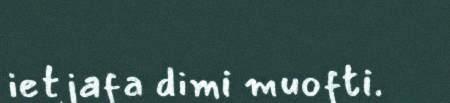
ietjafa dimi muofti.